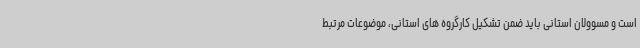
است و مسوولان استانی باید ضمن تشکیل کارگروه های استانی، موضوعات مرتبط